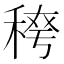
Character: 𮃈